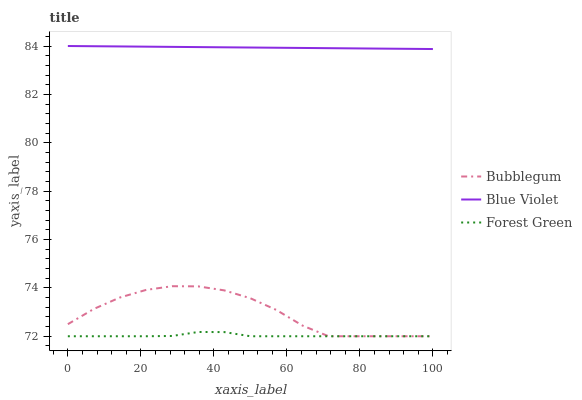
| xaxis_label | Bubblegum | Blue Violet | Forest Green |
 | --- | --- | --- | --- |
 | 0 | 72.5 | 84 | 72 |
 | 7.14 | 73.1 | 84 | 72 |
 | 14.3 | 73.6 | 84 | 72 |
 | 21.4 | 73.9 | 84 | 72 |
 | 28.6 | 74.1 | 84 | 72 |
 | 35.7 | 74.1 | 84 | 72.2 |
 | 42.9 | 73.9 | 83.9 | 72.2 |
 | 50 | 73.6 | 83.9 | 72 |
 | 57.1 | 73.1 | 83.9 | 72 |
 | 64.3 | 72.4 | 83.9 | 72 |
 | 71.4 | 72 | 83.9 | 72 |
 | 78.6 | 72 | 83.9 | 72 |
 | 85.7 | 72 | 83.9 | 72 |
 | 92.9 | 72 | 83.9 | 72 |
 | 100 | 72 | 83.9 | 72 |